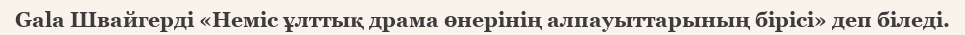
Gala Швайгерді «Неміс ұлттық драма өнерінің алпауыттарының бірісі» деп біледі.